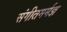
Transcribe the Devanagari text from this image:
संगीतमर्मज्ञ